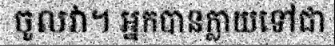
ចូលវា។ អ្នកបានក្លាយទៅជា